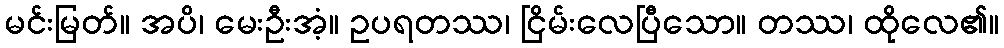
မင်းမြတ်။ အပိ၊ မေးဦးအံ့။ ဥပရတဿ၊ ငြိမ်းလေပြီသော။ တဿ၊ ထိုလေ၏။